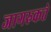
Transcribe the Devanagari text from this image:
जागरुकते